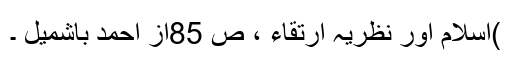
)اسلام اور نظریہ ارتقاء ، ص 85از احمد باشمیل ۔